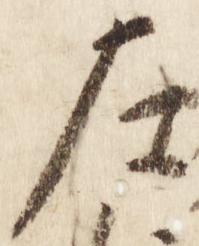
左